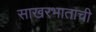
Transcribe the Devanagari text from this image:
साखरभाताची